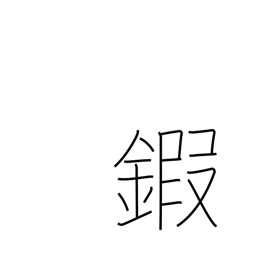
Meaning: armour neck plates